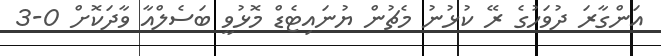
އަންގާރަ ދުވަހުގެ ރޭ ކުޅުނު މެޗުން ޔުނައިޓެޑް މޮޅުވީ ބަސެލްއާ ވާދަކޮށް 0-3